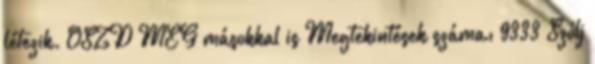
létezik. OSZD MEG másokkal is Megtekintések száma: 9333 Szólj